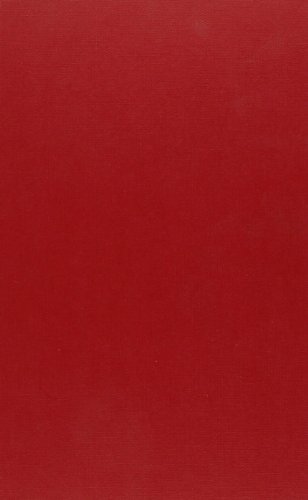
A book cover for The Flight of the Vernacular Seamus Heaney, Derek Walcott adn the Impress of Dante. (Cross/ Cultures 49); Maria Cristina Fumagalli; Literature & Fiction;